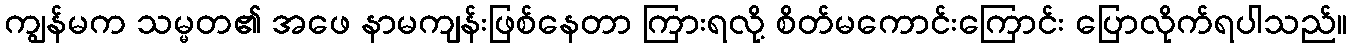
ကျွန်မက သမ္မတ၏ အဖေ နာမကျန်းဖြစ်နေတာ ကြားရလို့ စိတ်မကောင်းကြောင်း ပြောလိုက်ရပါသည်။